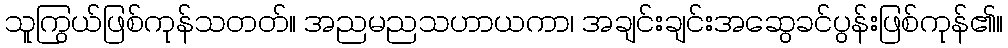
သူကြွယ်ဖြစ်ကုန်သတတ်။ အညမညသဟာယကာ၊ အချင်းချင်းအဆွေခင်ပွန်းဖြစ်ကုန်၏။